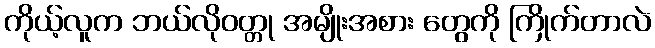
ကိုယ့်လူက ဘယ်လိုဝတ္တု အမျိုးအစား တွေကို ကြိုက်တာလဲ